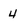
Character: 4